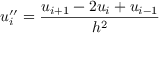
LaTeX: u _ { i } ^ { \prime \prime } = { \frac { u _ { i + 1 } - 2 u _ { i } + u _ { i - 1 } } { h ^ { 2 } } }